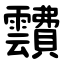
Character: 靅